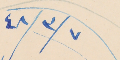
٤٨/٣/٧